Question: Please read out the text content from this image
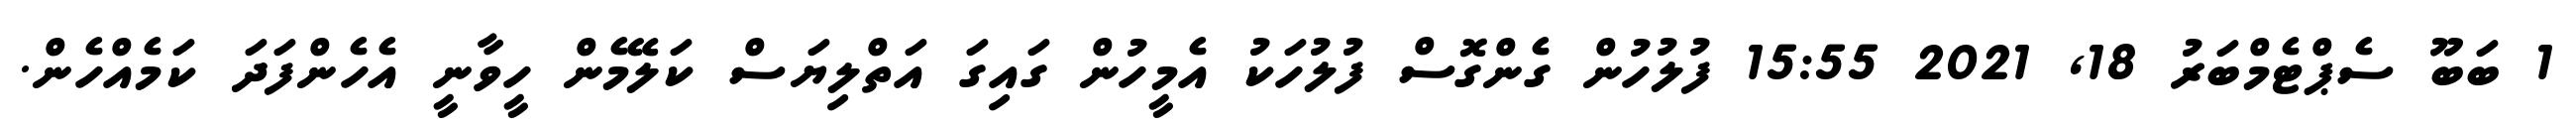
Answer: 1 ބަބޫ ސެޕްޓެމްބަރު 18, 2021 15:55 ފުލުހުން ގެންގޮސް ފުލުހަކު އެމީހުން ގައިގަ އަތްލިޔަސް ކަލޭމެން ހީވާނީ އެހެންފަދަ ކަމެއްހެން.